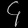
Digit: ၄